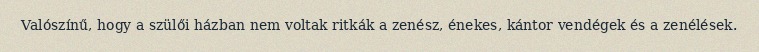
Valószínű, hogy a szülői házban nem voltak ritkák a zenész, énekes, kántor vendégek és a zenélések.